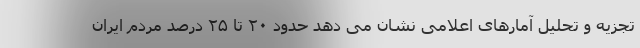
تجزیه و تحلیل آمارهای اعلامی نشان می دهد حدود ۲۰ تا ۲۵ درصد مردم ایران